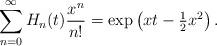
LaTeX: \begin{align*}\sum_{n=0}^{\infty} H_{n}(t) \frac{x^{n}}{n!} = \exp\left(xt - \tfrac{1}{2}x^{2} \right).\end{align*}